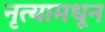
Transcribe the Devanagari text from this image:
नृत्यामधून